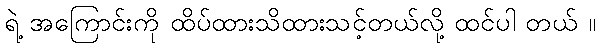
ရဲ့ အကြောင်းကို ထိပ်ထားသိထားသင့်တယ်လို့ ထင်ပါ တယ် ။